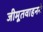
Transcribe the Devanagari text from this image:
जीमूतवाहनने